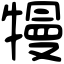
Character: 𤛔